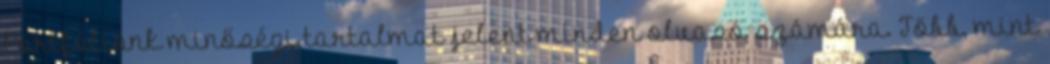
Portfóliónk minőségi tartalmat jelent minden olvasó számára. Több, mint